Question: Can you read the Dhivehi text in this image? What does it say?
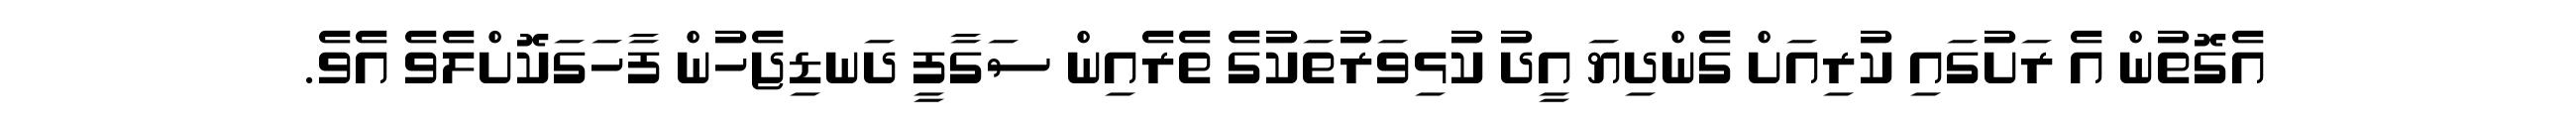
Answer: އެގޮތުން އެ ރަށުގައި ކުރިއަށް ގެންދިޔަ އީދު ކުޅިވަރުތަކުގެ ތެރެއިން ސަގާފީ ދަނޑިޖެހުން ފާހަގަކޮށްލެވެ އެވެ.